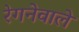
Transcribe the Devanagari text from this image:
रेगनेवाले